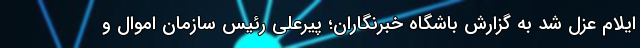
ایلام عزل شد به گزارش باشگاه خبرنگاران؛ پیرعلی رئیس سازمان اموال و